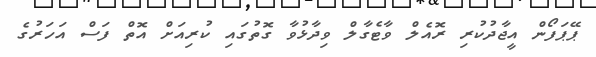
ޕޭޕަފޯން އީޖާދުކުރި ރޮއެލް ވާޓެގާލް ވިދާޅުވާ ގޮތުގައި ކުރިއަށް އޮތް ފަސް އަހަރުގެ